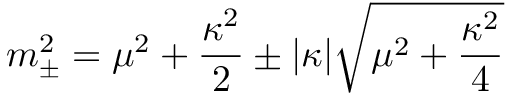
m _ { \pm } ^ { 2 } = \mu ^ { 2 } + { \frac { \kappa ^ { 2 } } { 2 } } \pm | \kappa | \sqrt { \mu ^ { 2 } + { \frac { \kappa ^ { 2 } } { 4 } } }